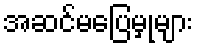
အဆင်မပြေမှုများ